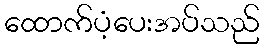
ထောက်ပံ့ပေးအပ်သည်